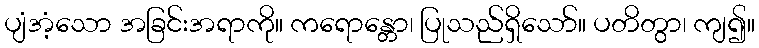
ပျံအံ့သော အခြင်းအရာကို။ ကရောန္တော၊ ပြုသည်ရှိသော်။ ပတိတွာ၊ ကျ၍။